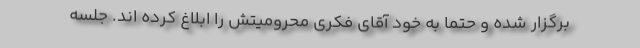
برگزار شده و حتما به خود آقای فکری محرومیتش را ابلاغ کرده اند. جلسه